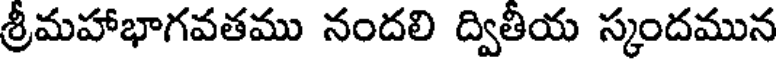
శ్రీమహాభాగవతము నందలి ద్వితీయ స్కందమున